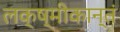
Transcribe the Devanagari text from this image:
लक्ष्मीकान्तं